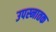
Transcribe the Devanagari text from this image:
उपस्नातक